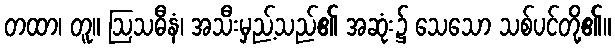
တထာ၊ တူ။ ဩသဓီနံ၊ အသီးမှည့်သည်၏ အဆုံး၌ သေသော သစ်ပင်တို့၏။